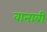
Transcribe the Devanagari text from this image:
वानाबी